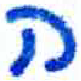
אות: ה